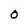
Character: 0